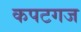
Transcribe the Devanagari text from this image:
कपटगज